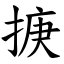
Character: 掶